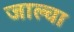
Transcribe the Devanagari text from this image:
जाल्वा